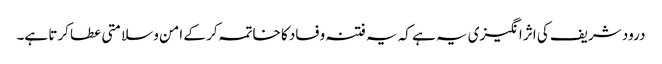
درود شریف کی اثر انگیزی یہ ہے کہ یہ فتنہ وفساد کا خاتمہ کر کے امن و سلامتی عطا کرتا ہے۔